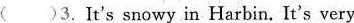
( )3.It's snowy in Harbin. It's very